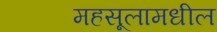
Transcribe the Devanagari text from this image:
महसूलामधील